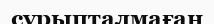
сұрыпталмаған